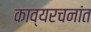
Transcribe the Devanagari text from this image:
काव्यरचनांत